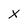
Character: X